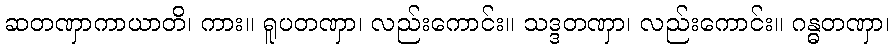
ဆတဏှာကာယာတိ၊ ကား။ ရူပတဏှာ၊ လည်းကောင်း။ သဒ္ဒတဏှာ၊ လည်းကောင်း။ ဂန္ဓတဏှာ၊